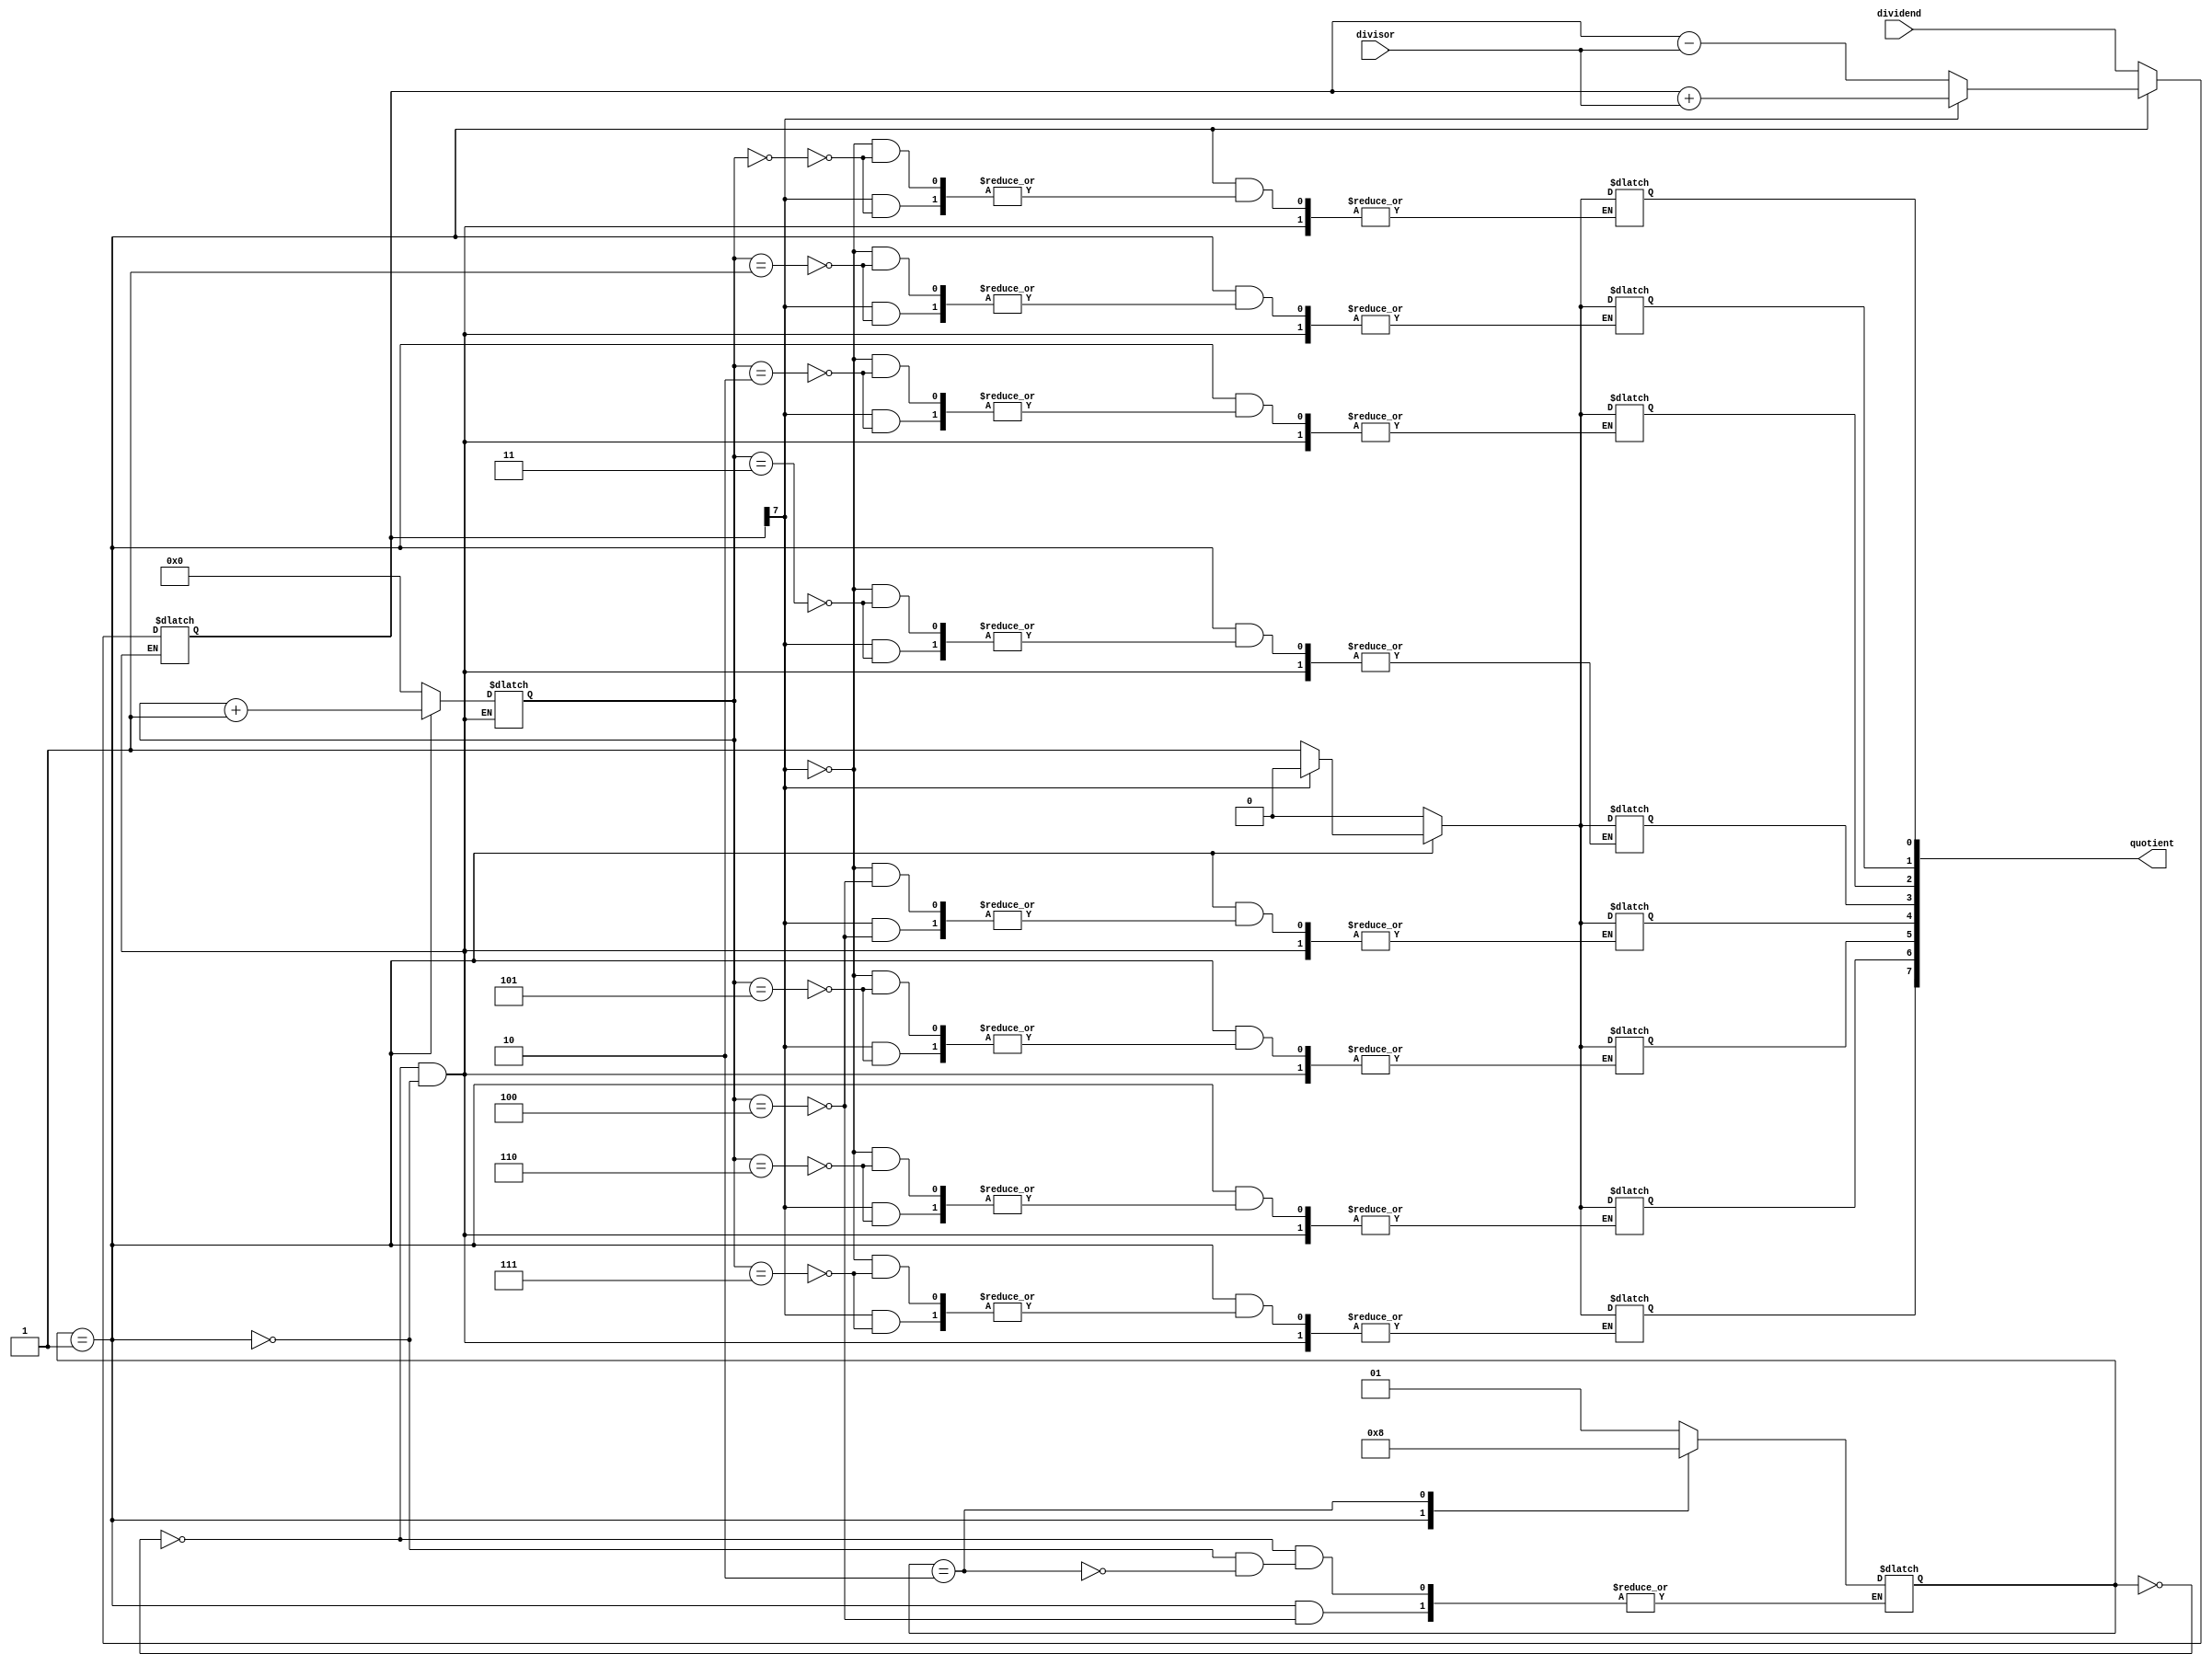
module non_restoring_divider(
    input wire [7:0] dividend,
    input wire [7:0] divisor,
    output reg [7:0] quotient
);

reg [7:0] accumulator;
reg [3:0] count;
reg [1:0] state;

always @(*) begin
    case(state)
        2'b00: begin // Initialize
            accumulator <= {8'b0, dividend};
            count <= 4'b0;
            quotient <= 8'd0;
            state <= 2'b01; // Start division
        end
        2'b01: begin // Division process
            // Shift accumulator left by 1 bit
            accumulator <= {accumulator[6:0], 1'b0};

            // Subtract divisor from accumulator
            accumulator <= accumulator - divisor;

            // Check if accumulator is negative
            if(accumulator[7] == 1'b1) begin
                // If negative, add divisor to accumulator
                accumulator <= accumulator + divisor;
                quotient[count] <= 1'b0;
            end else begin
                quotient[count] <= 1'b1;
            end

            count <= count + 1;

            // Check if division is complete
            if(count == 4) begin
                state <= 2'b10; // Finalize
            end
        end
        2'b10: begin // Finalize
            state <= 2'b00; // Return to initialization state
        end
    endcase
end

endmodule